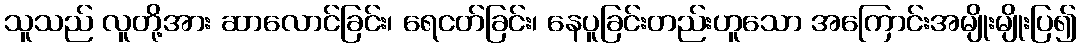
သူသည် လူတို့အား ဆာလောင်ခြင်း၊ ရေငတ်ခြင်း၊ နေပူခြင်းတည်းဟူသော အကြောင်းအမျိုးမျိုးပြ၍